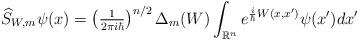
LaTeX: \begin{align*}\widehat{S}_{W,m}\psi(x)=\left( \tfrac{1}{2\pi i\hbar}\right) ^{n/2}\Delta_{m}(W)\int_{\mathbb{R}^{n}}e^{\frac{i}{\hbar}W(x,x^{\prime})}\psi(x^{\prime})dx^{\prime} \end{align*}